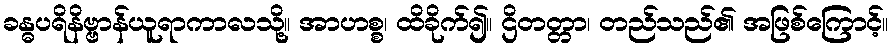
ခန္ဓပရိနိဗ္ဗာန်ယူရာကာလသို့။ အာဟစ္စ၊ ထိခိုက်၍။ ဌိတတ္တာ၊ တည်သည်၏ အဖြစ်ကြောင့်။